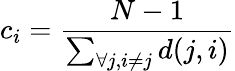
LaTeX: c_{i}=\frac{N-1}{\sum_{\forall j,i\neq j}d(j,i)}